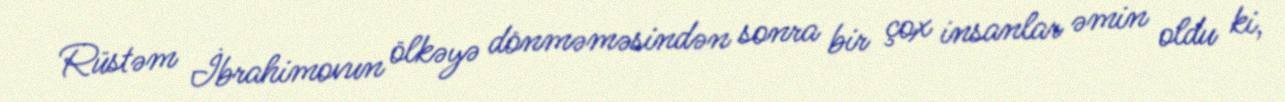
Rüstəm İbrahimovun ölkəyə dönməməsindən sonra bir çox insanlar əmin oldu ki,